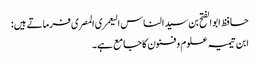
حافظ ابوالفتح بن سید الناس الیعمری المصری فرماتے ہیں:
ابن تیمیہ علوم و فنون کا جامع ہے۔